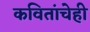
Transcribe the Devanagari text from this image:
कवितांचेही